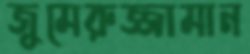
জুমেরুজ্জামান